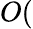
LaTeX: O(